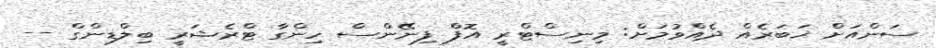
ސަންއަށް ޚަބަރެއް ދެއްވުމަށް: މިނިސްޓްރީ އޮފް ފިނޭންސް ހިންގާ ޓްރެޝަރީ ބިލްޑިންގް --